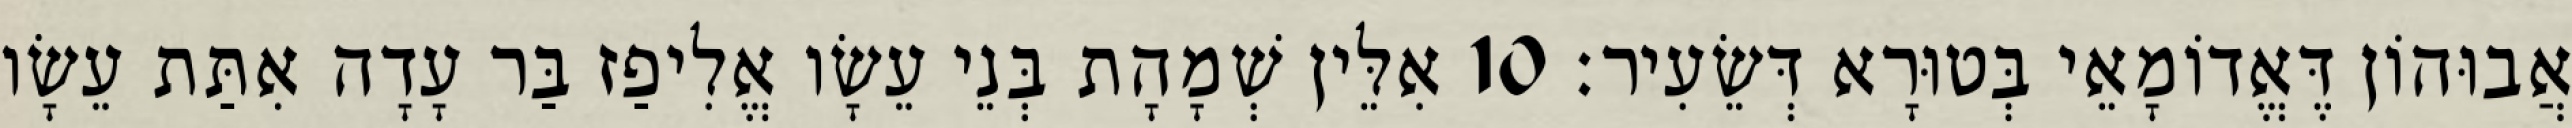
אֲבוּהוֹן דֶּאֱדוֹמָאֵי בְּטוּרָא דְּשֵׂעִיר׃ 10 אִלֵּין שְׁמָהָת בְּנֵי עֵשָׂו אֱלִיפַז בַּר עָדָה אִתַּת עֵשָׂו